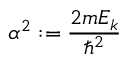
\alpha ^ { 2 } : = { \frac { 2 m E _ { k } } { \hbar ^ { 2 } } }